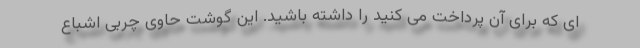
ای که برای آن پرداخت می کنید را داشته باشید. این گوشت حاوی چربی اشباع